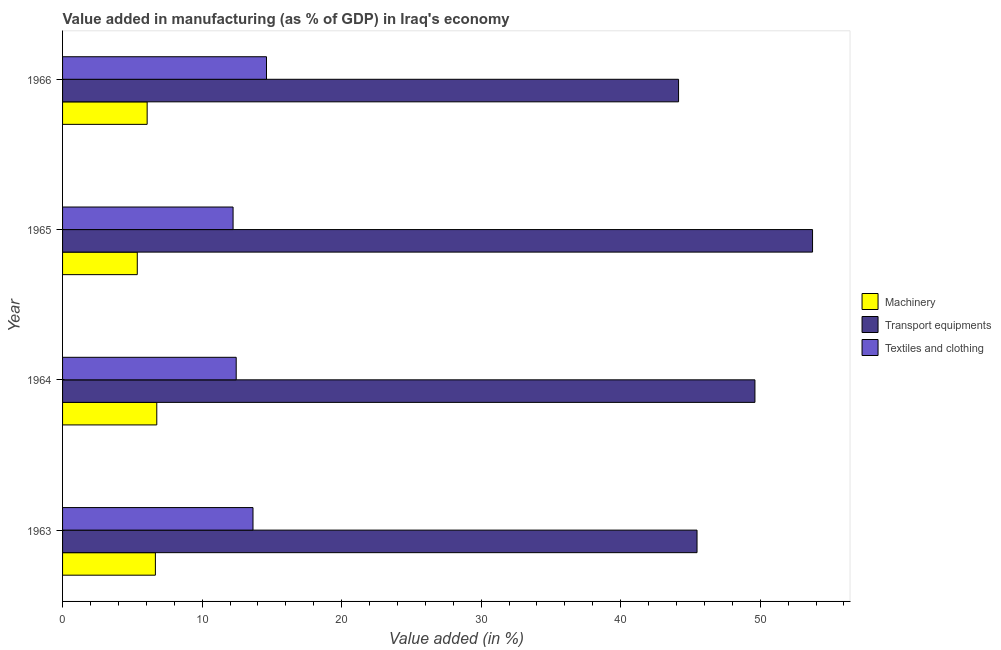
| Year | Machinery | Transport equipments | Textiles and clothing |
 | --- | --- | --- | --- |
 | 1963 | 6.65 | 45.5 | 13.6 |
 | 1964 | 6.75 | 49.6 | 12.4 |
 | 1965 | 5.36 | 53.8 | 12.2 |
 | 1966 | 6.06 | 44.1 | 14.6 |